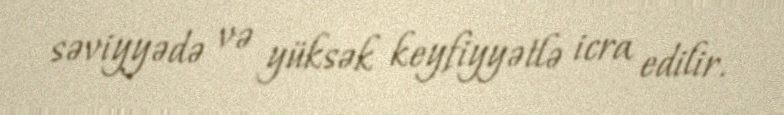
səviyyədə və yüksək keyfiyyətlə icra edilir.